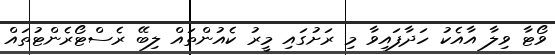
ވޯޓާ ވިލާ އާއެކު ހަދާފައިވާ މި ރަށުގައި މީރު ކެއުންތައް ލިބޭ ރެސްޓޯރެންޓުތައް